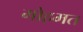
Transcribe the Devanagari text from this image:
मोहमत